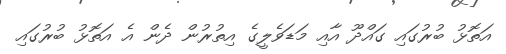
އަތޮޅު ބުރުގައި ގައްދޫ އާއި މަޑަވެލީގެ އިތުރުން ދެން އެ އަތޮޅު ބުރުގައި